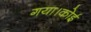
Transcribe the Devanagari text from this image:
गया।कोई